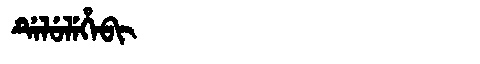
Manchu: ᡩᡝᠯᡠᠯᡝᡥᡝᠪᡳ
Romanization: DELULEHEBI